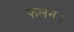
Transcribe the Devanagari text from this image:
फलन।